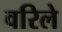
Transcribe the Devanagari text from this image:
वरिले